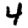
Digit: 4